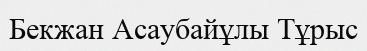
Бекжан Асаубайұлы Тұрыс